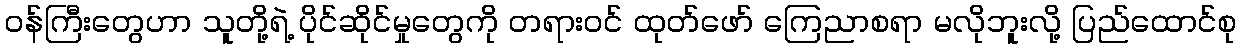
ဝန်ကြီးတွေဟာ သူတို့ရဲ့ ပိုင်ဆိုင်မှုတွေကို တရားဝင် ထုတ်ဖော် ကြေညာစရာ မလိုဘူးလို့ ပြည်ထောင်စု